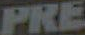
PRE